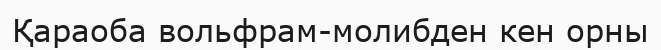
Қараоба вольфрам-молибден кен орны